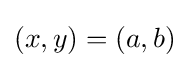
(x,y)=(a,b)